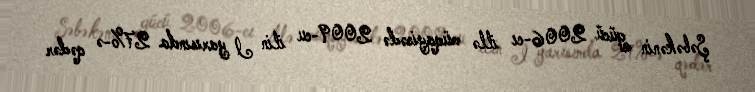
Şəbəkənin gücü 2006-cı illə müqayisədə 2009-cu ilin I yarısında 27%-ə qədər